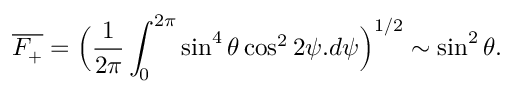
\overline { { F _ { + } } } = \Bigl ( \frac { 1 } { 2 \pi } \int _ { 0 } ^ { 2 \pi } \sin ^ { 4 } { \theta } \cos ^ { 2 } { 2 \psi } . d \psi \Bigr ) ^ { 1 / 2 } \sim \sin ^ { 2 } { \theta } .